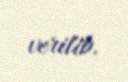
verilib.